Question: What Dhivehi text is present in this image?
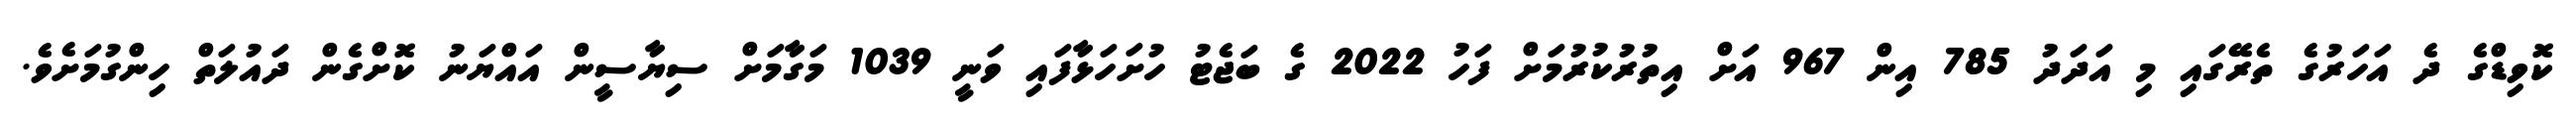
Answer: ކޮވިޑްގެ ދެ އަހަރުގެ ތެރޭގައި މި އަދަދު 785 އިން 967 އަށް އިތުރުކުރުމަށް ފަހު 2022 ގެ ބަޖެޓު ހުށަހަޅާފައި ވަނީ 1039 މަގާމަށް ސިޔާސީން އައްޔަނު ކޮށްގެން ދައުލަތް ހިންގުމަށެވެ.